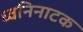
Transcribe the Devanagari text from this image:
ध्वनिनाटक